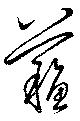
蘇